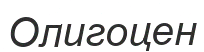
Олигоцен